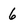
Character: 6